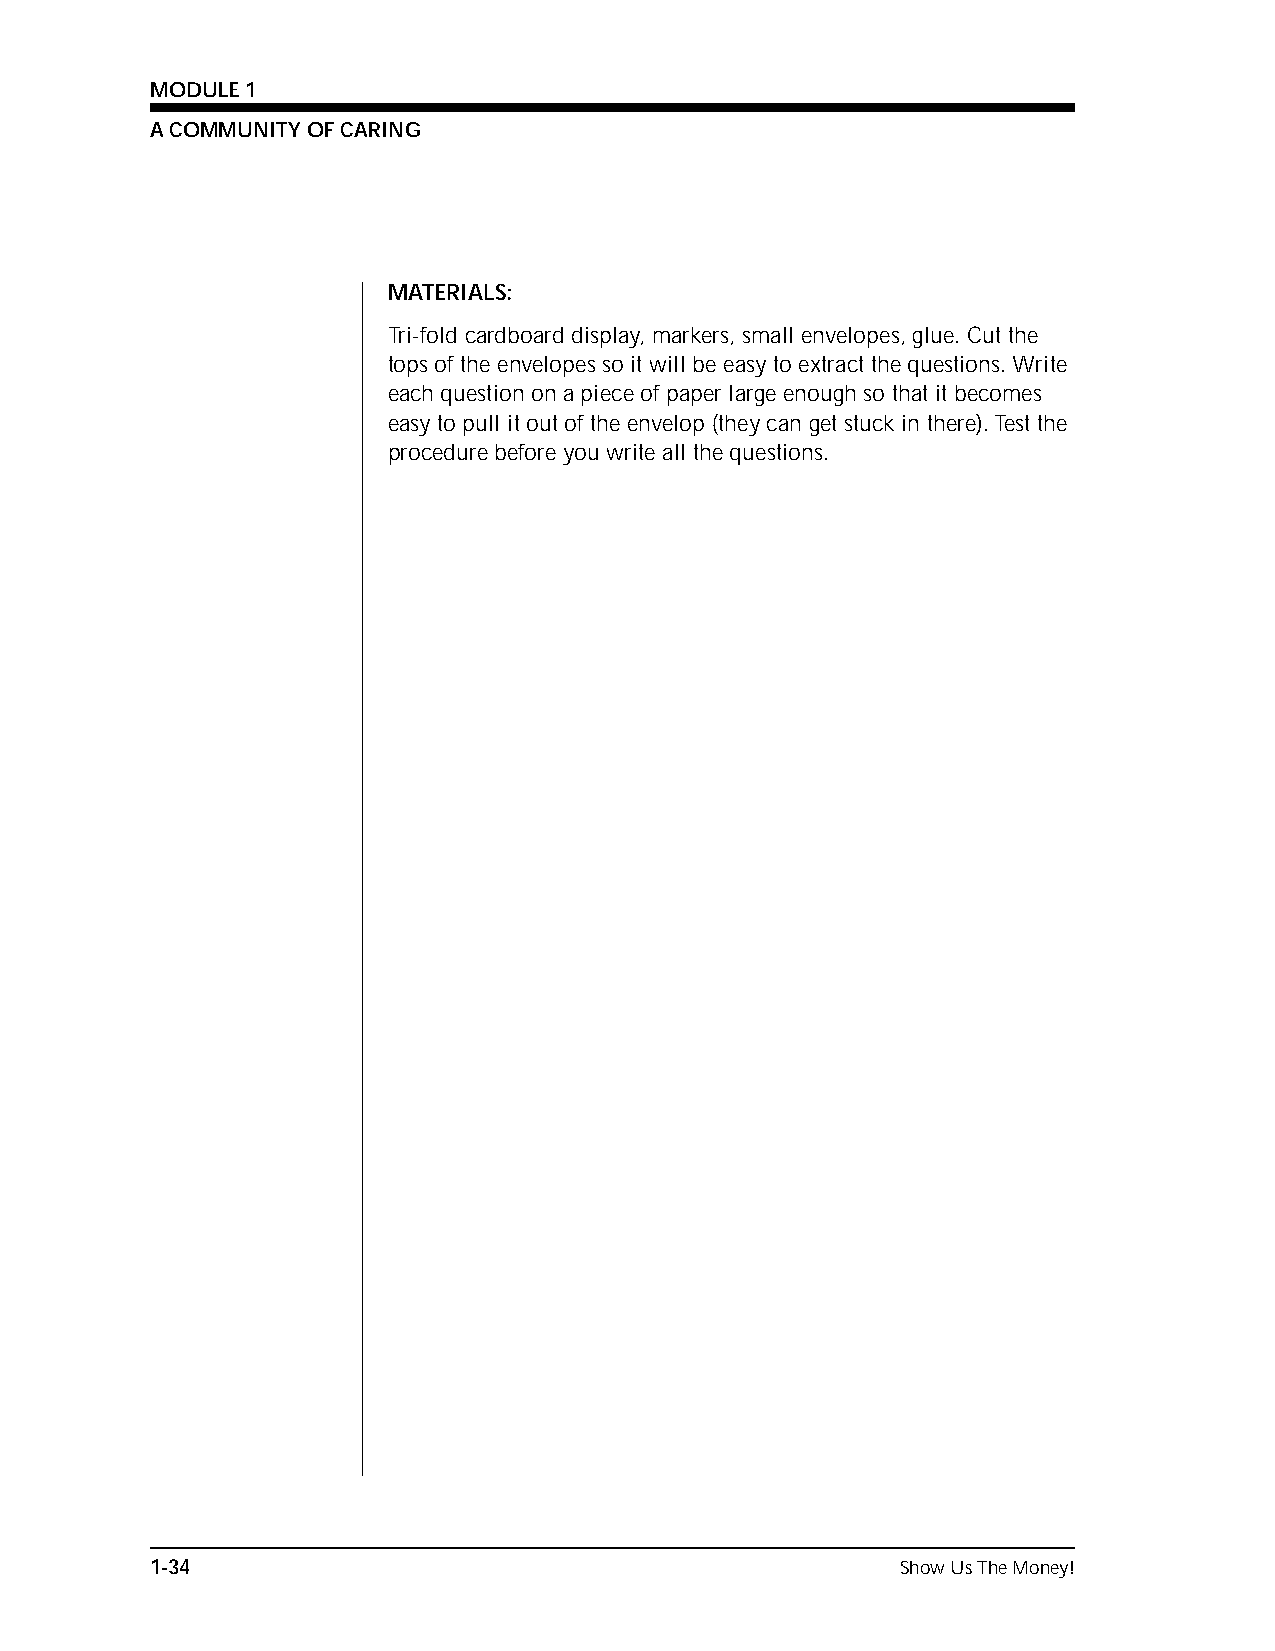
MODULE 1
 A COMMUNITY OF CARING
 MATERIALS:
 Tri-fold cardboard display, markers, small envelopes, glue. Cut the
 tops of the envelopes so it will be easy to extract the questions. Write
 each question on a piece of paper large enough so that it becomes
 easy to pull it out of the envelop (they can get stuck in there). Test the
 procedure before you write all the questions.
 1-34                                              Show Us The Money!